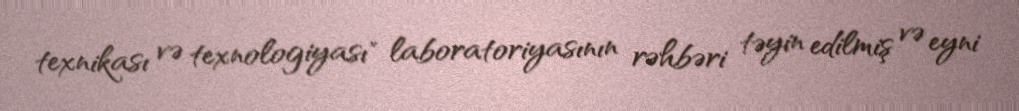
texnikası və texnologiyası" laboratoriyasının rəhbəri təyin edilmiş və eyni